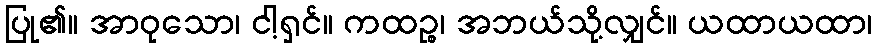
ပြု၏။ အာဝုသော၊ ငါ့ရှင်။ ကထဉ္စ၊ အဘယ်သို့လျှင်။ ယထာယထာ၊